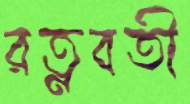
রত্নবতী